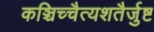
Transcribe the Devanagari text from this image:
कञ्चिच्चैत्यशतैर्जुष्ट